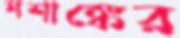
শশাঙ্কের